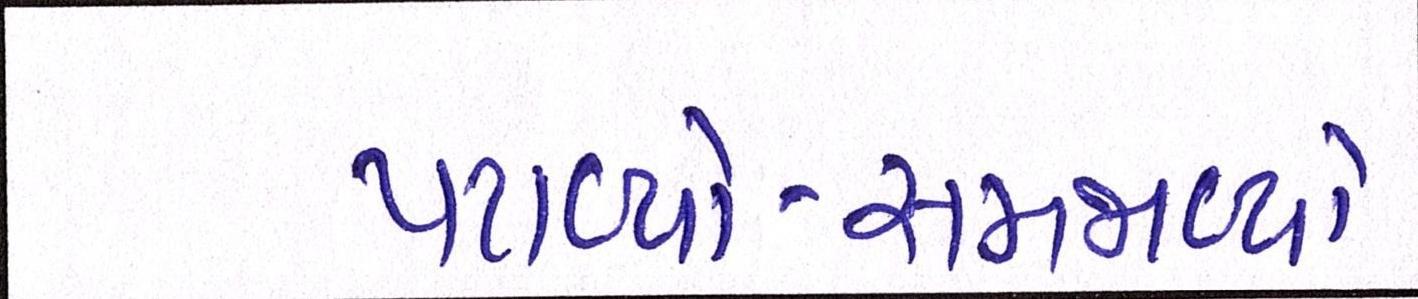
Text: પટાવ્યો-સમજાવ્યો